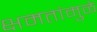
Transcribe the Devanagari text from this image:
क्षमतांमुळे